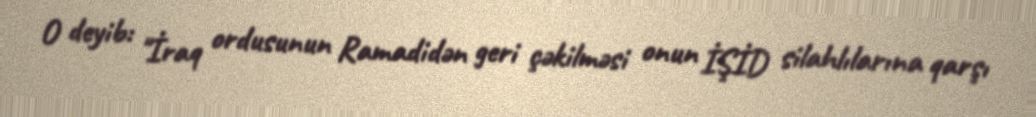
O deyib: "İraq ordusunun Ramadidən geri çəkilməsi onun İŞİD silahlılarına qarşı